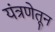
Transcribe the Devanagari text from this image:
यंत्रणेतून